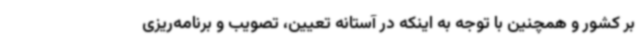
بر کشور و همچنین با توجه به اینکه در آستانه تعیین، تصویب و برنامه‌ریزی